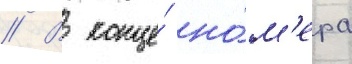
// В конце́ но́м'ера